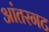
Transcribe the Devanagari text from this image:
आंतरगट